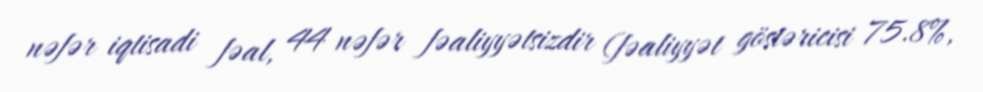
nəfər iqtisadi fəal, 44 nəfər fəaliyyətsizdir (fəaliyyət göstəricisi 75.8%,